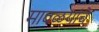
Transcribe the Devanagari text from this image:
मावळयांचे